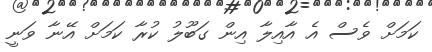
ކަމަށް ވެސް އެ އާއިލާ އިން ގަބޫލު ކުރާ ކަމަށް އޭނާ ވަނީ